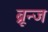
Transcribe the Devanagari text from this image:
ब्रून्ज